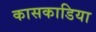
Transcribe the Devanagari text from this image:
कासकाडिया